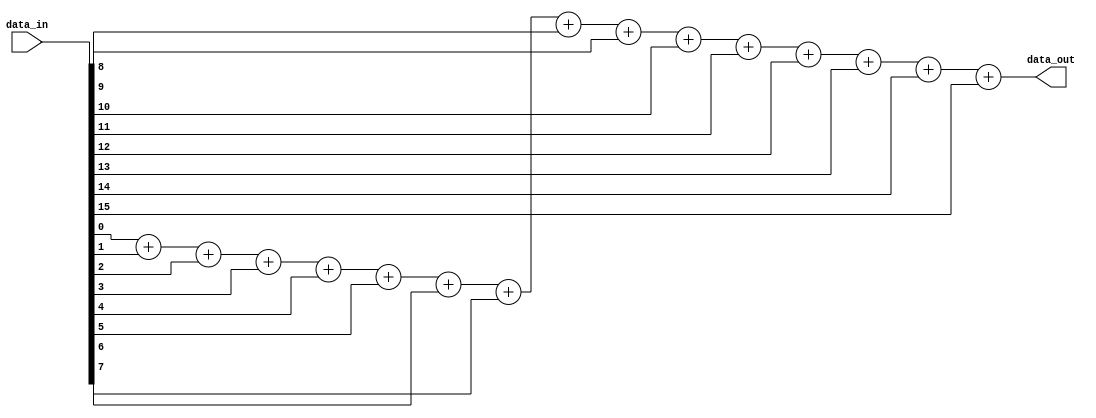
module popcount
#(
	parameter input_width = 16,
	parameter output_width = 4
)(
	input [input_width-1:0] data_in,
	output reg [output_width-1:0] data_out
);

integer i;
always @ (data_in) begin
	//data_out = 0;
	data_out = data_in[0];
	for (i=1;i<input_width;i=i+1) begin
		data_out = data_out + data_in[i];
	end
end
endmodule